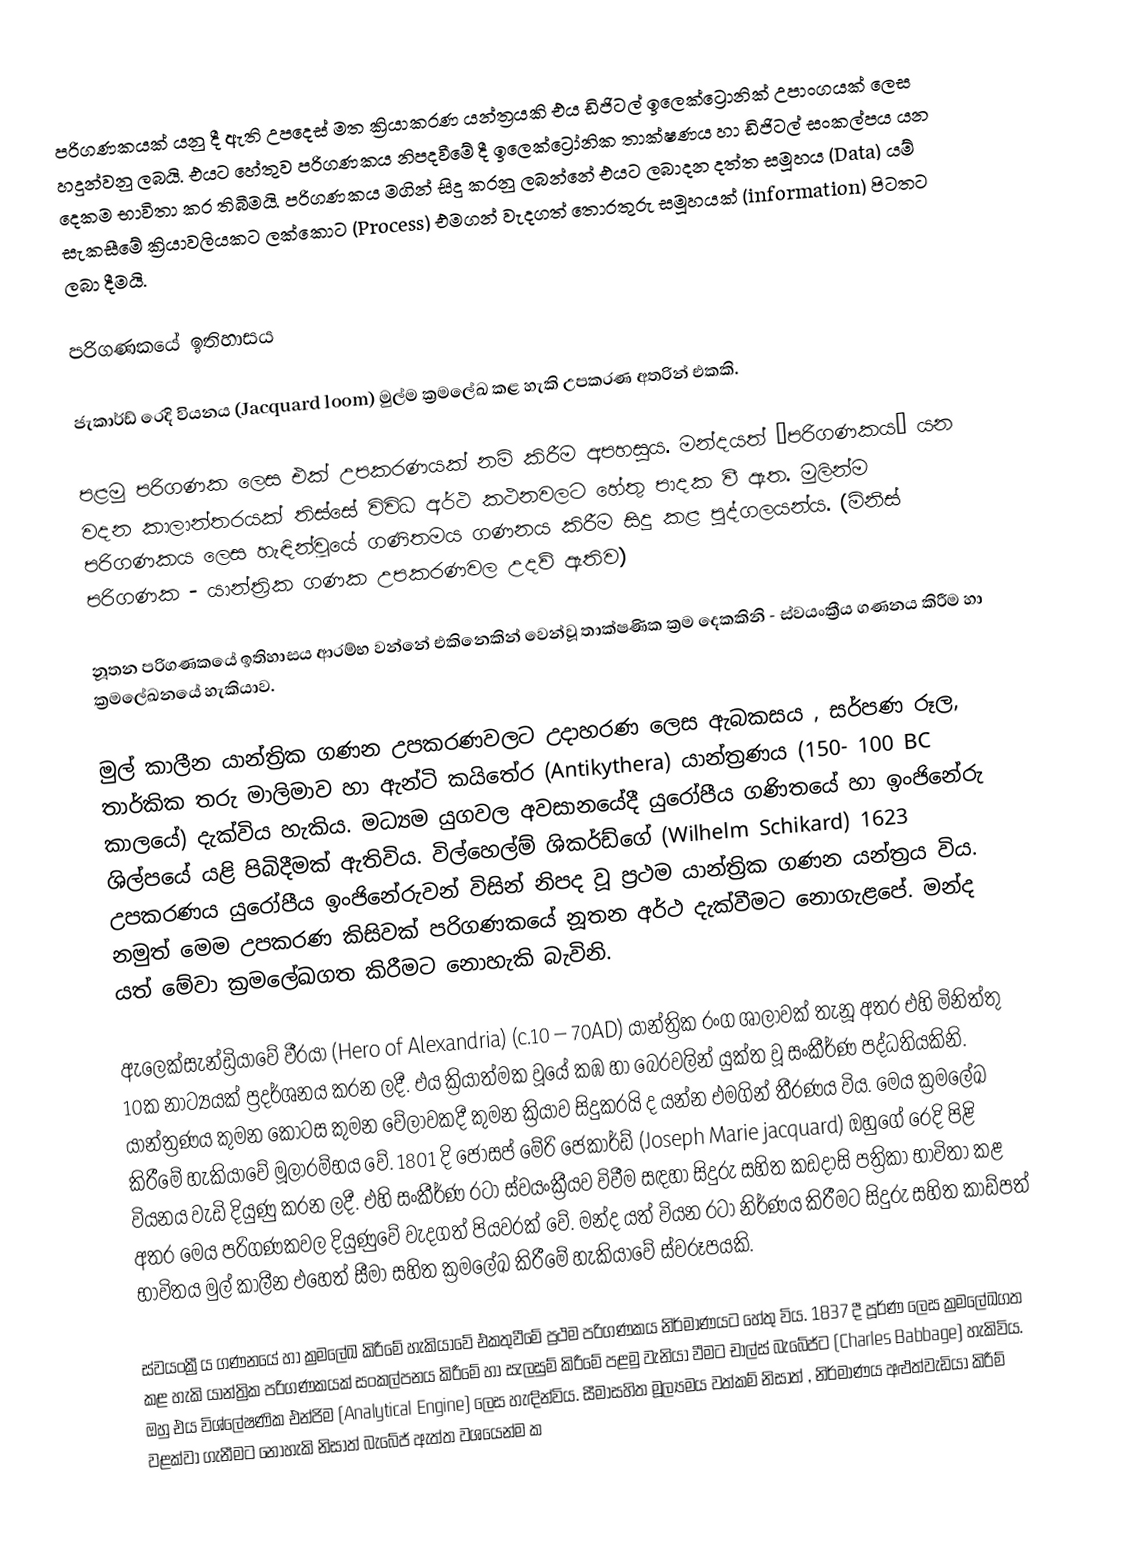
පරිගණකයක් යනු දී ඇති උපදෙස් මත ක්‍රියාකරණ යන්ත්‍රයකි  එය ඩිජිටල් ඉලෙක්ට්‍රොනික් උපාංගයක් ලෙස හදුන්වනු ලබයි‍. එයට හේතුව පරිගණකය නිපදවීමේ දී ඉලෙක්ට්‍රෝනික තාක්ෂණය හා ඩිජිටල් සංකල්පය යන දෙකම භාවිතා කර තිබීමයි. පරිගණකය මගින් සිදු කරනු ලබන්නේ එයට ලබාදන දත්ත සමූහය (Data) යම් සැකසීමේ ක්‍රියාවලියකට ලක්කොට (Process) එමගන් වැදගත් තොරතුරු සමූහයක් (information) පිටතට ලබා දීමයි.

පරිගණකයේ ඉතිහාසය

ජැකාර්ඩ්  රෙදි වියනය (Jacquard loom) මුල්ම ක්‍රමලේඛ කළ හැකි උපකරණ අතරින් එකකි.

පළමු පරිගණක ලෙස එක් උපකරණයක් නම් කිරීම අපහසුය. මන්දයත් ‘පරිගණකය’ යන වදන කාලාන්තරයක් තිස්සේ විවිධ අර්ථ කථනවලට හේතු පාදක වී ඇත. මුලින්ම පරිගණකය ලෙස හැඳින්වූයේ ගණිතමය ගණනය කිරීම සිදු කළ පුද්ගලයන්ය. (මිනිස් පරිගණක - යාන්ත්‍රික ගණක උපකරණවල උදව් ඇතිව)

නූතන පරිගණකයේ ඉතිහාසය ආරම්භ වන්නේ එකිනෙකින් වෙන්වූ තාක්ෂණික ක්‍රම දෙකකිනි - ස්වයංක්‍රීය ගණනය කිරීම හා ක්‍රමලේඛනයේ හැකියාව.

මුල් කාලීන  යාන්ත්‍රික ගණන උපකරණවලට උදාහරණ ලෙස ඇබකසය , සර්පණ රූල, තාර්කික තරු මාලිමාව හා ඇන්ටි කයිතේර (Antikythera) යාන්ත්‍රණය (150- 100 BC කාලයේ) දැක්විය හැකිය. මධ්‍යම යුගවල අවසානයේදී යුරෝපීය ගණිතයේ හා ඉංජිනේරු ශිල්පයේ යළි පිබිදීමක් ඇතිවිය. විල්හෙල්ම් ශිකර්ඩ්ගේ (Wilhelm Schikard) 1623 උපකරණය යුරෝපීය ඉංජිනේරුවන් විසින් නිපද වූ ප්‍රථම යාන්ත්‍රික ගණන යන්ත්‍රය විය. නමුත් මෙම උපකරණ කිසිවක් පරිගණකයේ නූතන අර්ථ දැක්වීමට නොගැළපේ. මන්ද යත් මේවා ක්‍රමලේඛගත කිරීමට නොහැකි බැවිනි.

ඇලෙක්සැන්ඩ්‍රියාවේ වීරයා (Hero of Alexandria) (c.10 – 70AD) යාන්ත්‍රික රංග ශාලාවක් තැනූ අතර එහි මිනිත්තු 10ක නාට්‍යයක් ප්‍රදර්ශනය කරන ලදී. එය ක්‍රියාත්මක වූයේ කඹ හා බෙරවලින් යුක්ත වූ සංකීර්ණ පද්ධතියකිනි. යාන්ත්‍රණය කුමන කොටස කුමන වේලාවකදී කුමන ක්‍රියාව සිදුකරයි ද යන්න එමගින් තීරණය  විය. මෙය ක්‍රමලේඛ කිරීමේ හැකියාවේ මූලාරම්භය වේ. 1801 දි ජෝසප් මේරි ජෙකාර්ඩ් (Joseph Marie jacquard) ඔහුගේ රෙදි පිළි වියනය වැඩි දියුණු කරන ලදී. එහි සංකීර්ණ රටා ස්වයංක්‍රීයව විවීම සඳහා සිදුරු සහිත කඩදාසි පත්‍රිකා භාවිතා කළ අතර මෙය පරිගණකවල දියුණුවේ වැදගත් පියවරක් වේ. මන්ද යත් වියන රටා නිර්ණය කිරීමට සිදුරු සහිත කාඩ්පත් භාවිතය මුල් කාලීන එහෙත් සීමා සහිත ක්‍රමලේඛ කිරීමේ හැකියාවේ ස්වරූපයකි.

ස්වයංක්‍රීය ගණනයේ හා ක්‍රමලේඛ කිරීමේ හැකියාවේ එකතුවීමේ ප්‍රථම පරිගණකය නිර්මාණයට හේතු විය. 1837 දී පූර්ණ ලෙස ක්‍රමලේඛගත කළ හැකි යාන්ත්‍රික පරිගණකයක් සංකල්පනය කිරීමේ හා සැලසුම් කිරීමේ පළමු වැනියා වීමට චාල්ස් බැබේජ්ට (Charles Babbage) හැකිවිය. ඔහු එය විශ්ලේෂණික එන්ජිම (Analytical Engine) ලෙස හැඳින්විය. සීමාසහිත මූල්‍යමය වත්කම් නිසාත් , නිර්මාණය අළුත්වැඩියා කිරීම් වළක්වා ගැනීමට නොහැකි නිසාත් බැබේජ් ඇත්ත වශයෙන්ම ක